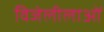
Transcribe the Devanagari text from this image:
विजेलीलाओं